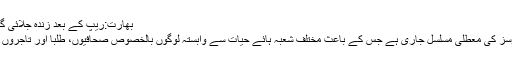
بھارت:ریپ کے بعد زندہ جلائی گئی لڑکی نے تڑپ تڑپ کرجان دے دی
وادی میں انٹرنیٹ اور ایس ایم ایس سروسز کی معطلی مسلسل جاری ہے جس کے باعث مختلف شعبہ ہائے حیات سے وابستہ لوگوں بالخصوص صحافیوں، طلبا اور تاجروں کو مشکلات سے دوچار ہونا پڑرہا ہے۔